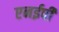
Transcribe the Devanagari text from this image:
एनईपी